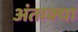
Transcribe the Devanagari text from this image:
अंताक्या